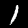
Label: 1